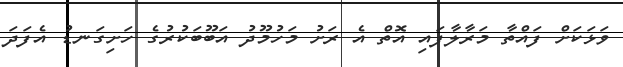
ވަޅަކަށް ފައްތާ މަރާލާފައި އޮތް އެ ރަށު މަހުމޫދު އަބޫބަކުރުގެ ހަށިގަނޑު އެފަދަ